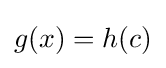
g(x)=h(c)